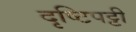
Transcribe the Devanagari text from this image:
दृष्टिपट्टी